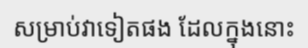
សម្រាប់វាទៀតផង ដែលក្នុងនោះ